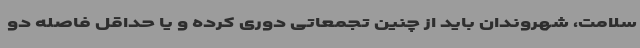
سلامت، شهروندان باید از چنین تجمعاتی دوری کرده و یا حداقل فاصله دو